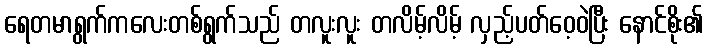
ရေတမာရွက်ကလေးတစ်ရွက်သည် တလူးလူး တလိမ့်လိမ့် လှည့်ပတ်ဝေ့ဝဲပြီး နောင်စိုး၏